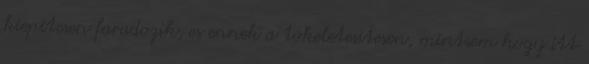
kiepitesen faradozik, es ennek a tokeletesitesen, mintsem hogy itt